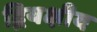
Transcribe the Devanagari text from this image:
द्वियक्षीय